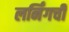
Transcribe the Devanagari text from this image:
लर्निंगची